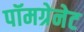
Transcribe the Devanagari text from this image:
पॉमग्रेनेट